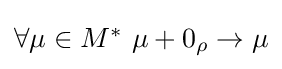
{\textstyle \forall \mu \in M^{\ast }\ \mu +0_{\rho }\rightarrow \mu }